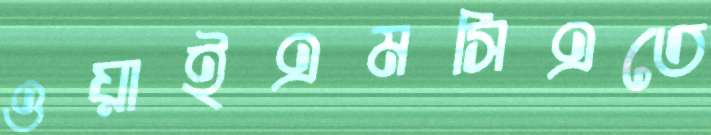
ওয়াইএমসিএতে